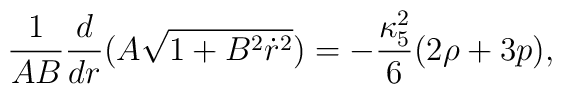
\frac{1}{AB}\frac{d}{dr}(A\sqrt{1+B^2\dot r^2})=-\frac{\kappa_5^2}{6}(2\rho+3p),